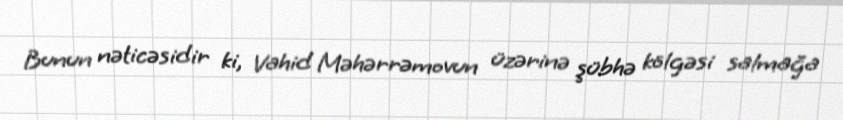
Bunun nəticəsidir ki, Vahid Məhərrəmovun üzərinə şübhə kölgəsi salmağa